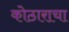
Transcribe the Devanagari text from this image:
कोठाराचा